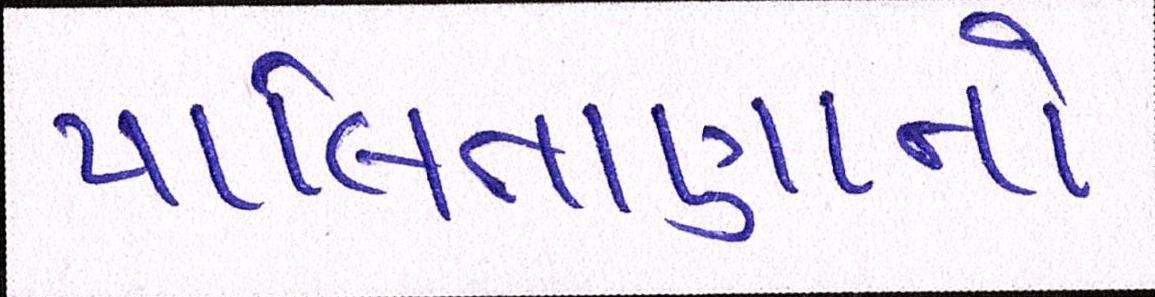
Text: પાલિતાણાનો